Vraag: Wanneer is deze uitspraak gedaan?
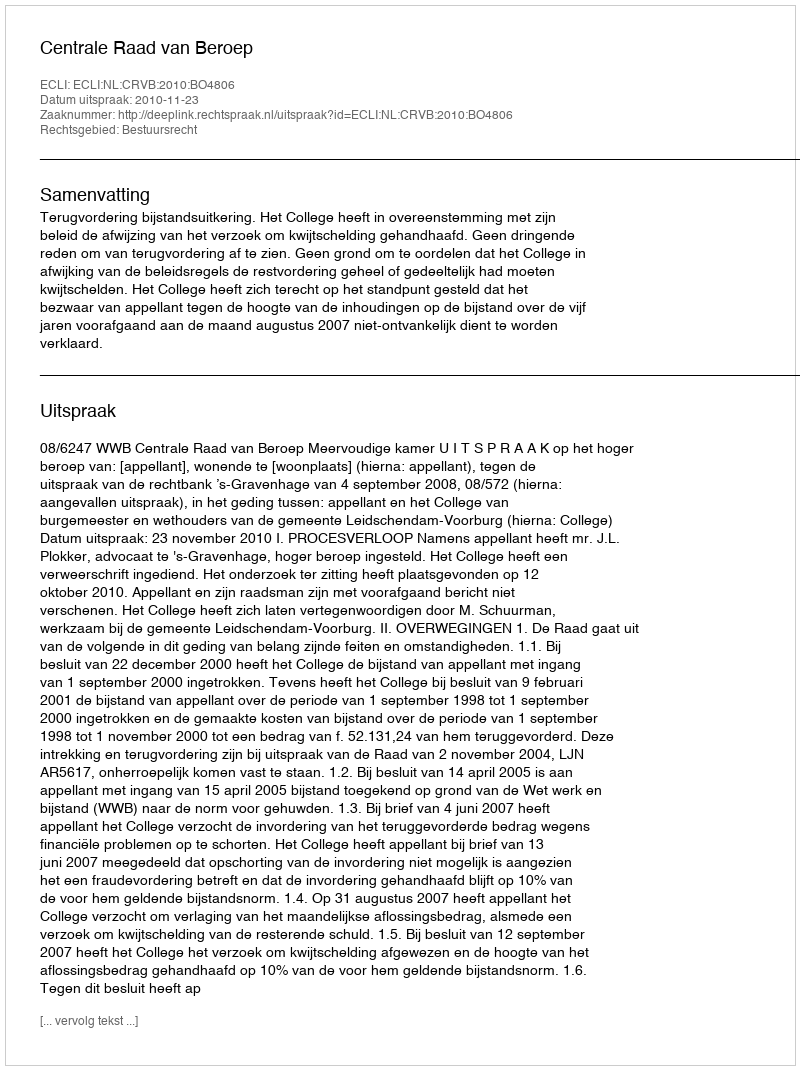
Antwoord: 2010-11-23